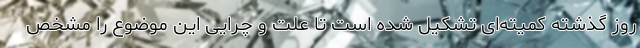
روز گذشته کمیته‌ای تشکیل شده است تا علت و چرایی این موضوع را مشخص